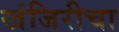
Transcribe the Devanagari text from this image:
खंजिरीचा